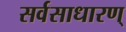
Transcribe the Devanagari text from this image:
सर्वसाधारण्